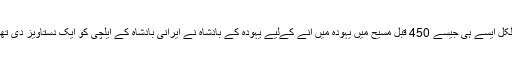
بجلکل ایسے ہی جیسے 450 قبل مسیح میں یہودہ میں آنے کےلیے یہودہ کے بادشاہ نے ایرانی بادشاہ کے ایلچی کو ایک دستاویز دی تھی۔